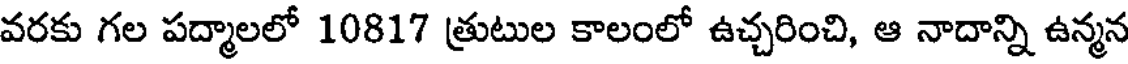
వరకు గల పద్మాలలో 10817 త్రుటుల కాలంలో ఉచ్చరించి, ఆ నాదాన్ని ఉన్మన